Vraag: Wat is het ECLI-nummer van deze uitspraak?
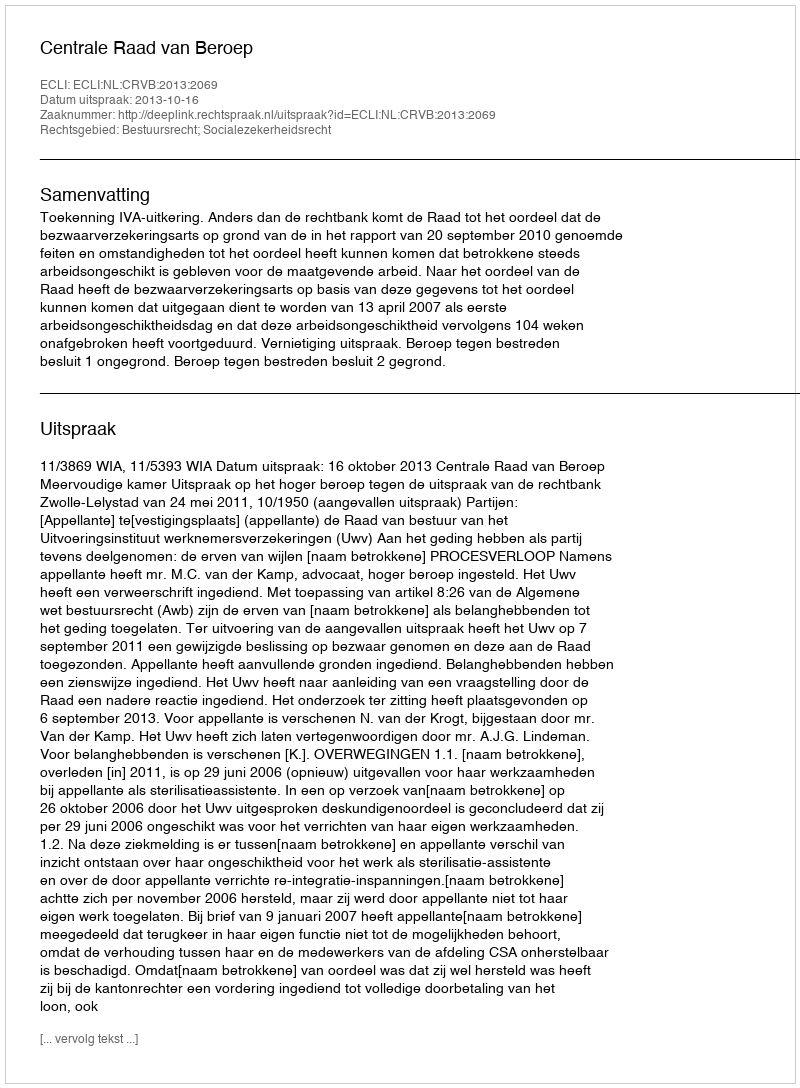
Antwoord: ECLI:NL:CRVB:2013:2069